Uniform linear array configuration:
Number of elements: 12
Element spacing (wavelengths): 1
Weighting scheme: uniform
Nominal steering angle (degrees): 0
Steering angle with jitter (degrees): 1.542
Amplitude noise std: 0.05
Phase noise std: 0.05

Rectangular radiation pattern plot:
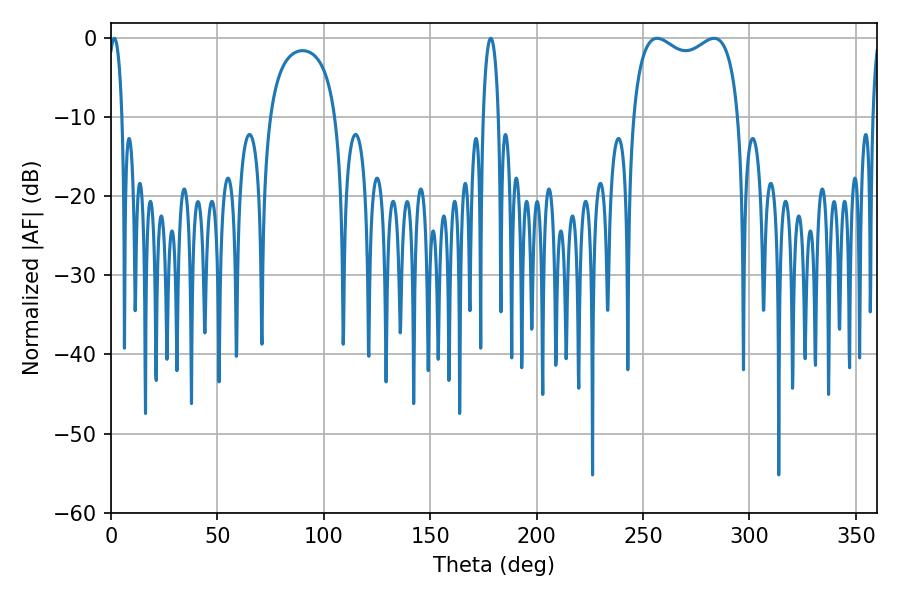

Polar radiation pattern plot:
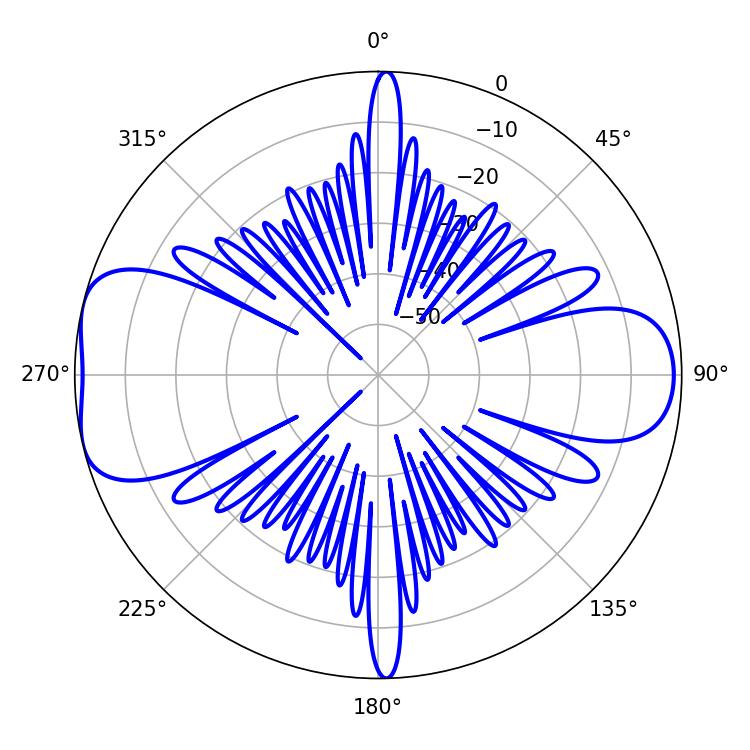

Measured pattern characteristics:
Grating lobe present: TRUE
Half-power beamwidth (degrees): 41.04
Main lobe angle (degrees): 256.68